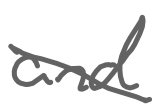
Text: and
Cross-out: diagonal
Writing tool: digital_gray